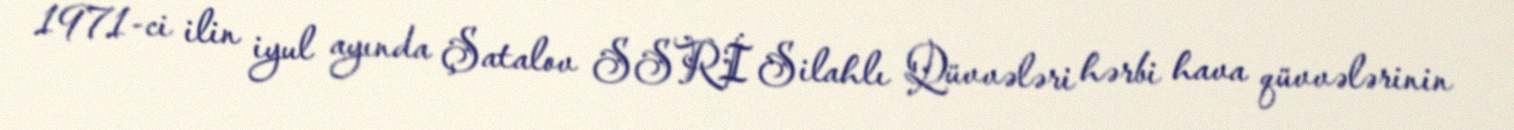
1971-ci ilin iyul ayında Şatalov SSRİ Silahlı Qüvvələri hərbi hava qüvvələrinin